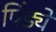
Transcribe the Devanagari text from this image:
पिंड्ये